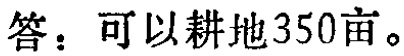
答：可以耕地350亩。